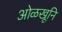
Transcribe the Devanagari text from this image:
ओळखूनि